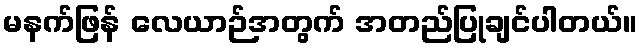
မနက်ဖြန် လေယာဉ်အတွက် အတည်ပြုချင်ပါတယ်။